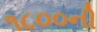
૧૮૦૦ની